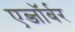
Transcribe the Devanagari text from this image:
एब्जॉर्बर